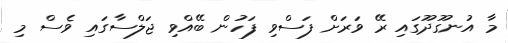
މާ އުނގޫދޫގައި ރޭ ވަރަށް ފަސްވި ފަހުން ބޭއްވި ޖަލްސާގައި ވެސް މި